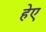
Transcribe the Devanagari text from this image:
हेए